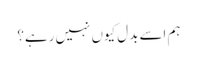
ہم اسے بدل کیوں نہیں رہے؟